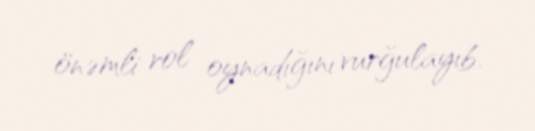
önəmli rol oynadığını vurğulayıb.